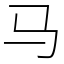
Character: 马